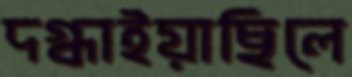
দগ্ধাইয়াছিলে